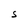
Character: S